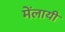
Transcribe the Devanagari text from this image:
मेंलायी